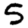
Digit: 5